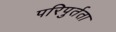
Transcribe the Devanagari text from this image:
परिपुर्तता